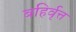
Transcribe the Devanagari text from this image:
बहिर्वृत्त